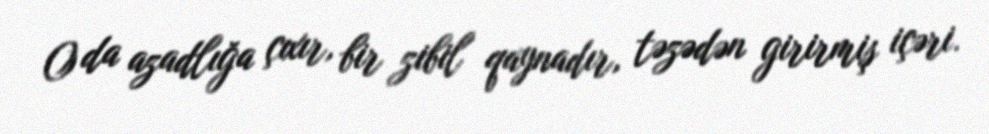
O da azadlığa çıxır, bir zibil qaynadır, təzədən girirmiş içəri.